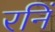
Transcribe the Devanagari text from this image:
रनिं